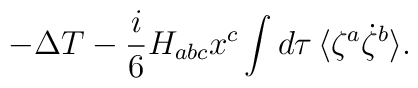
- \Delta T -\frac{i}{6}H_{abc}x^{c}\int d\tau \, \langle \zeta ^{a}\dot{\zeta}^{b} \rangle .